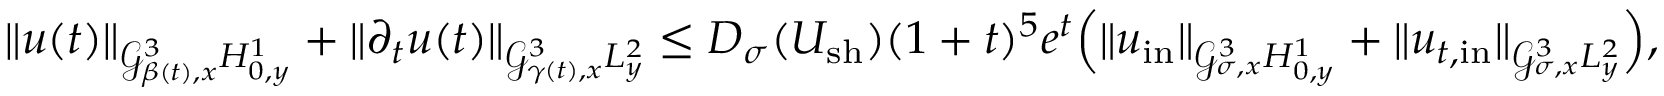
\| u ( t ) \| _ { \mathcal { G } _ { \beta ( t ) , x } ^ { 3 } H _ { 0 , y } ^ { 1 } } + \| \partial _ { t } u ( t ) \| _ { \mathcal { G } _ { \gamma ( t ) , x } ^ { 3 } L _ { y } ^ { 2 } } \leq D _ { \sigma } ( U _ { \mathrm { s h } } ) ( 1 + t ) ^ { 5 } e ^ { t } \Big ( \| u _ { \mathrm { i n } } \| _ { \mathcal { G } _ { \sigma , x } ^ { 3 } H _ { 0 , y } ^ { 1 } } + \| u _ { t , \mathrm { i n } } \| _ { \mathcal { G } _ { \sigma , x } ^ { 3 } L _ { y } ^ { 2 } } \Big ) ,